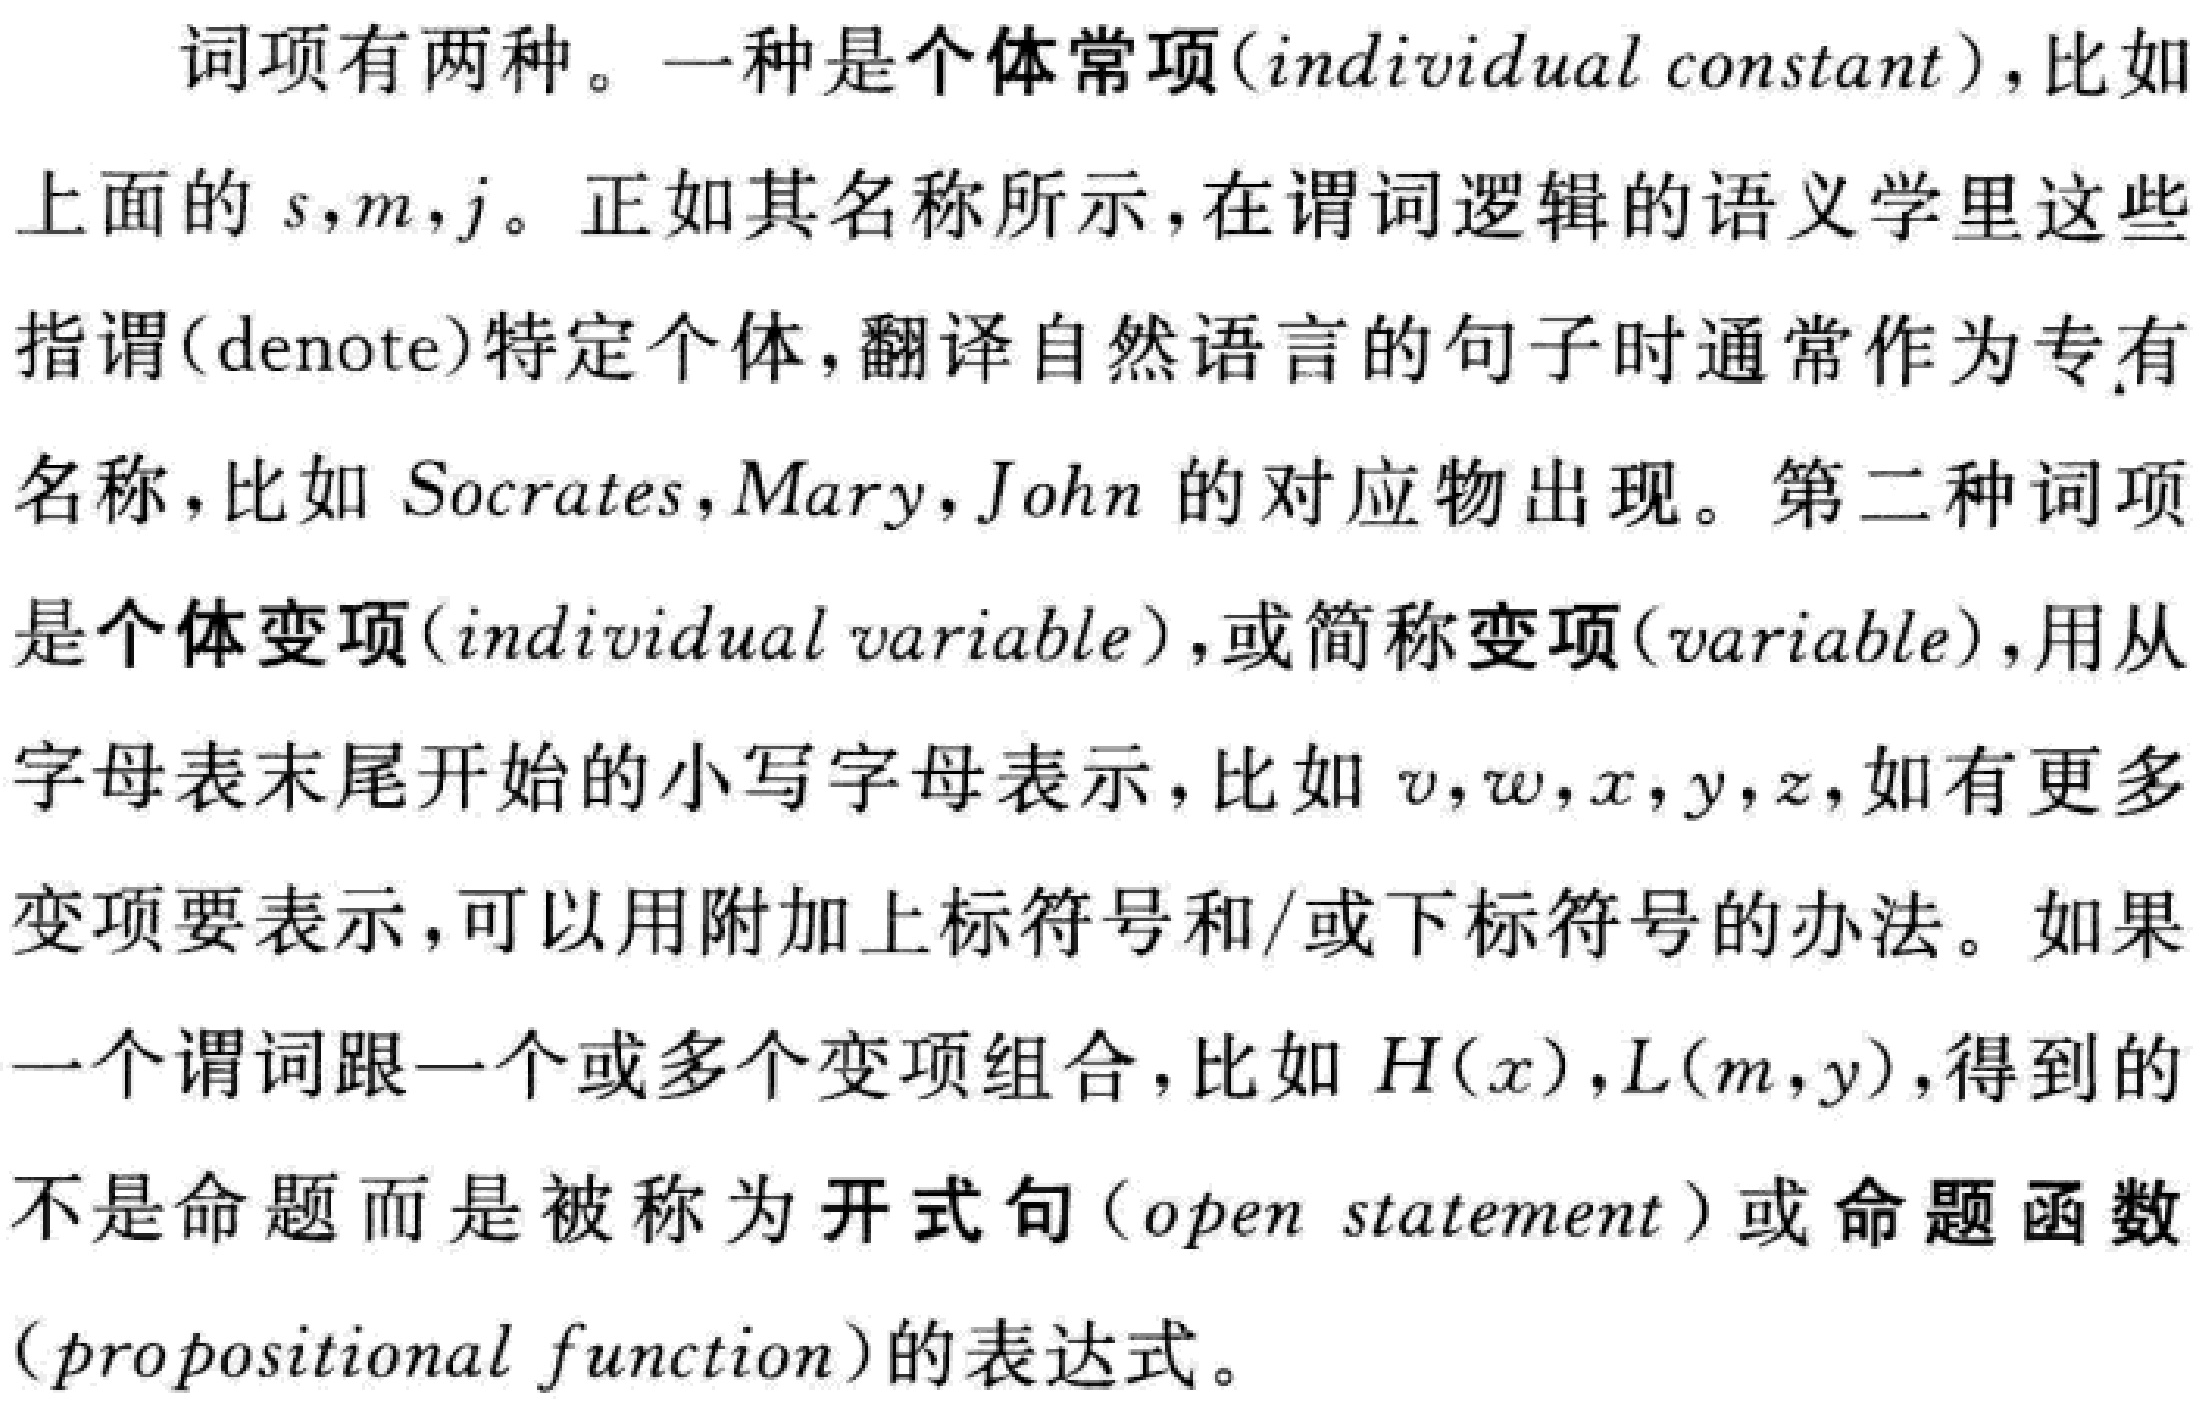
词项有两种。一种是个体常项(individual constant)，比如上面的\(s,m,j\)。正如其名称所示，在谓词逻辑的语义学里这些指谓(denote)特定个体，翻译自然语言的句子时通常作为专有名称，比如 \(Socrates,Mary,John\) 的对应物出现。第二种词项是个体变项(individual variable)，或简称变项(variable)，用从字母表末尾开始的小写字母表示，比如 \(v,w,x,y,z\)，如有更多变项要表示，可以用附加上标符号和/或下标符号的办法。如果一个谓词跟一个或多个变项组合，比如 \(H(x),L(m,y)\)，得到的不是命题而是被称为开式句（open statement）或命题函数(propositional function)的表达式。